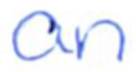
Text: an
Cross-out: clean
Writing tool: ballpoint